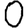
Digit: 0